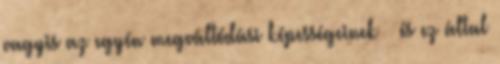
vagyis az egyén megváltódási képességeinek � és ez által